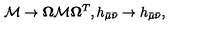
{ \cal M } \to { \bf \Omega } { \cal M } { \bf \Omega } ^ { T } , h _ { \bar { \mu } \bar { \nu } } \to h _ { \bar { \mu } \bar { \nu } } ,